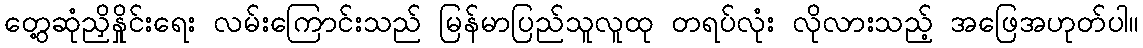
တွေ့ဆုံညှိနှိုင်းရေး လမ်းကြောင်းသည် မြန်မာပြည်သူလူထု တရပ်လုံး လိုလားသည့် အဖြေအဟုတ်ပါ။